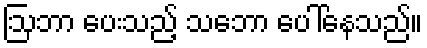
ဩဘာ ပေးသည့် သဘော ပေါ်နေသည်။